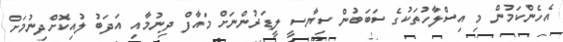
އެހެންކަމުން މި އިސްލާހުތަކުގެ ސަބަބުން ސިޔާސީ ލީޑަރުންނަށް މައާފް ދިނުމާއި އަދަބު ލުއިކޮށްދިނުމަށް